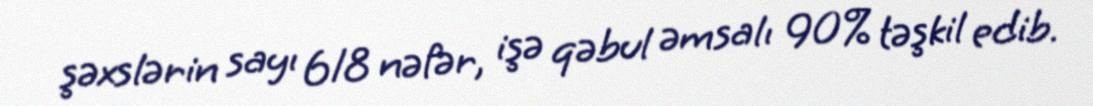
şəxslərin sayı 618 nəfər, işə qəbul əmsalı 90% təşkil edib.